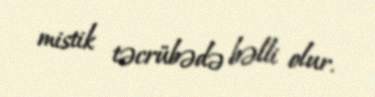
mistik təcrübədə bəlli olur.